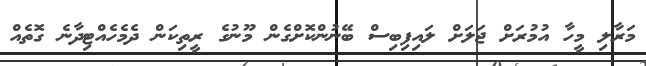
މަރާލި މީހާ އުމުރަށް ޖަލަށް ލައިފިބިސް ބޭނުންކޮށްގެން މޫނުގެ ރީތިކަން ދެމެހެއްޓިދާނެ ގޮތެއް